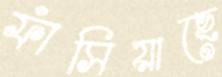
ফাঁসিয়াছে